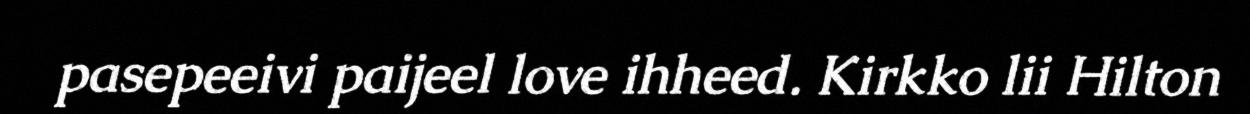
pasepeeivi paijeel love ihheed. Kirkko lii Hilton